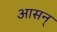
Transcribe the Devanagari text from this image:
आसन्